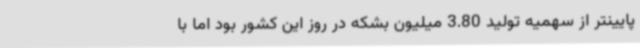
پایینتر از سهمیه تولید 3.80 میلیون بشکه در روز این کشور بود اما با